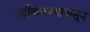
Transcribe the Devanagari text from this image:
स्वीकारण्यापासून